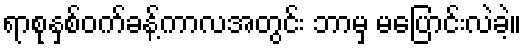
ရာစုနှစ်ဝက်ခန့်ကာလအတွင်း ဘာမှ မပြောင်းလဲခဲ့။